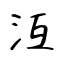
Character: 沍